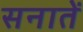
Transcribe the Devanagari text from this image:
सनातें